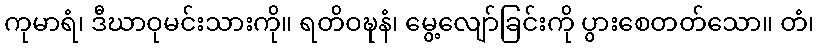
ကုမာရံ၊ ဒီဃာဝုမင်းသားကို။ ရတိဝဍ္ဎနံ၊ မွေ့လျော်ခြင်းကို ပွားစေတတ်သော။ တံ၊